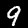
Label: 9